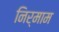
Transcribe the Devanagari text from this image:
निर्माम